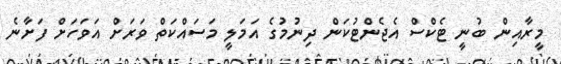
މީރާއިން ބުނީ ޓެކްސް އެޖެންޓުކަން ދިނުމުގެ އަމަލީ މަސައްކަތް ވަރަށް އަވަހަށް ފަށާނެ